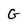
Character: G